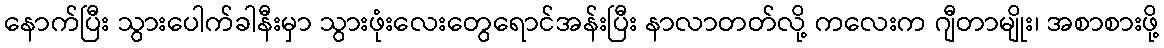
နောက်ပြီး သွားပေါက်ခါနီးမှာ သွားဖုံးလေးတွေရောင်အန်းပြီး နာလာတတ်လို့ ကလေးက ဂျီတာမျိုး၊ အစာစားဖို့